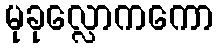
မုခုလ္လောကကော